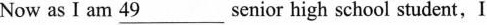
Now as I am 49___senior high school student,I